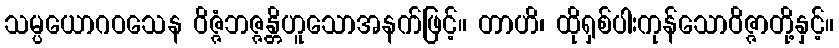
သမ္ပယောဂဝသေန ဝိဇ္ဇံဘဇ္ဇန္တိဟူသောအနက်ဖြင့်။ တာဟိ၊ ထိုရှစ်ပါးကုန်သောဝိဇ္ဇာတို့နှင့်။